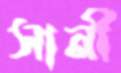
সানী